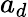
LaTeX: a_{d}